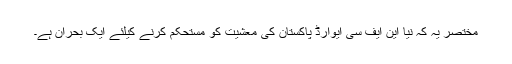
مختصر یہ کہ نیا این ایف سی ایوارڈ پاکستان کی معشیت کو مستحکم کرنے کیلئے ایک بحران ہے۔